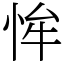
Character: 恈